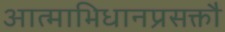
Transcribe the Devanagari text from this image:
आत्माभिधानप्रसक्तौ